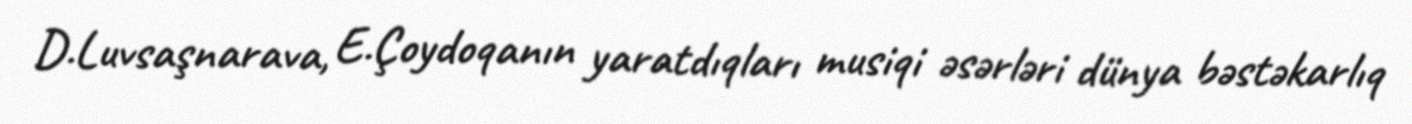
D.Luvsaşnarava, E.Çoydoqanın yaratdıqları musiqi əsərləri dünya bəstəkarlıq